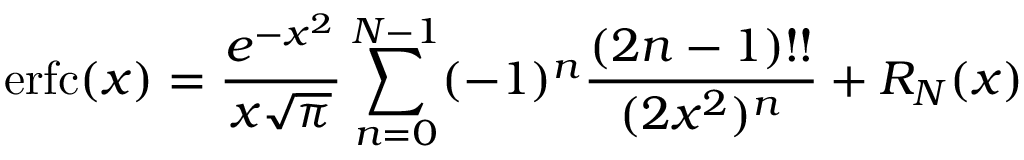
\operatorname { e r f c } ( x ) = { \frac { e ^ { - x ^ { 2 } } } { x { \sqrt { \pi } } } } \sum _ { n = 0 } ^ { N - 1 } ( - 1 ) ^ { n } { \frac { ( 2 n - 1 ) ! ! } { ( 2 x ^ { 2 } ) ^ { n } } } + R _ { N } ( x )